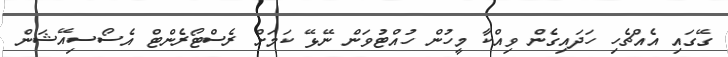
ގޭގައި އެއްޗެހި ހަދައިގެން ވިއްކާ މީހުން ހުއްޓުވަން ނޭޅޭ ކަމަށް ރެސްޓޯރެންޓް އެސޯސިއޭޝަން